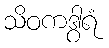
သိဝကဒွါရံ